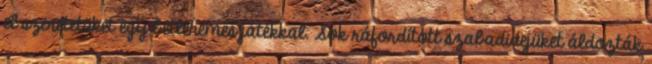
el szeretetüket egy betlehemes játékkal. Sok ráfordított szabadidejüket áldozták